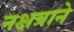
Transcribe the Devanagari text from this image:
नक्षत्राने